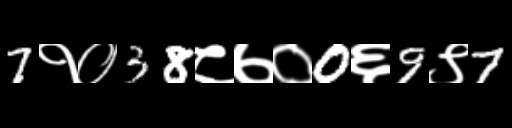
Text: 7१०38८७०0६9९7